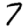
Digit: 7